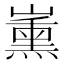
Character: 𱜑